Report on the working of the Ranchi Indian Mental Hospital, Kanke, in Bihar and Orissa - 1930-1940
Year: 1930
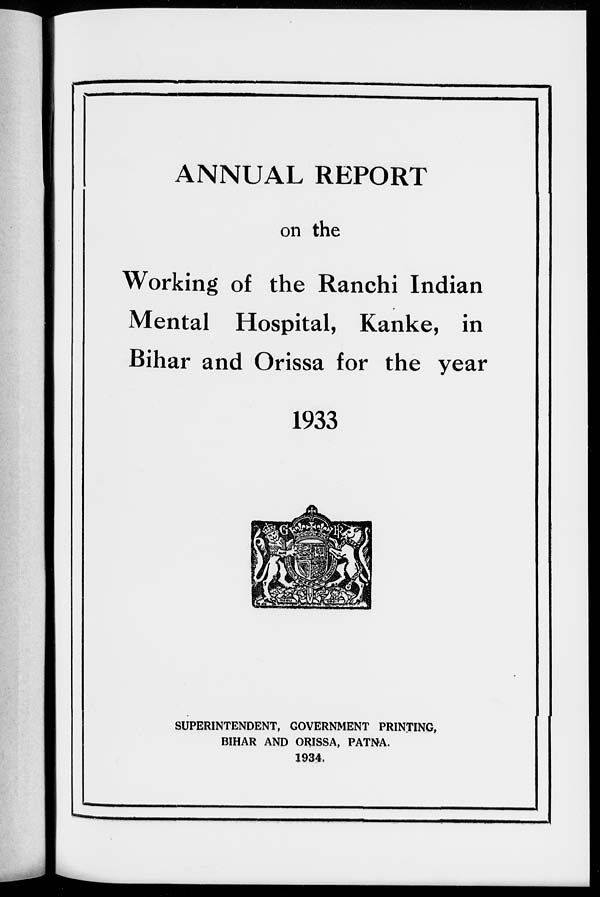
ANNUAL REPORT
on the
Working of the Ranchi Indian
Mental Hospital, Kanke, in
Bihar and Orissa for the year
1933
SUPERINTENDENT, GOVERNMENT PRINTING,
BIHAR AND ORISSA, PATNA.
1934.